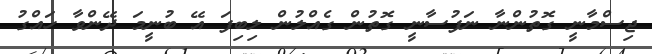
ޖިސްމާނީ ގޮތުންނާ ނަފުސާނީ ގޮތުން ގެއްލުން ލިބިފަ އޭ ބުނީމަ ދޭންވާ ހައްގު